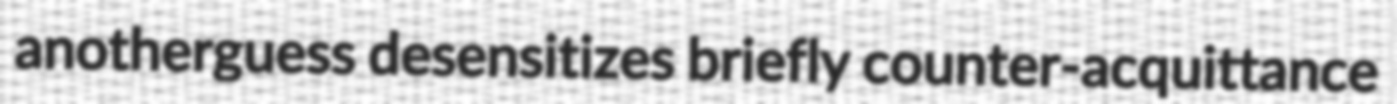
anotherguess desensitizes briefly counter-acquittance